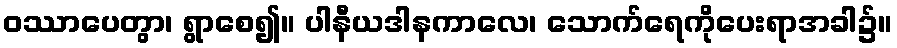
ဝဿာပေတွာ၊ ရွာစေ၍။ ပါနီယဒါနကာလေ၊ သောက်ရေကိုပေးရာအခါ၌။